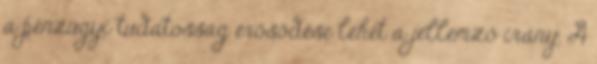
a pénzügyi tudatosság erősödése lehet a jellemző irány. A